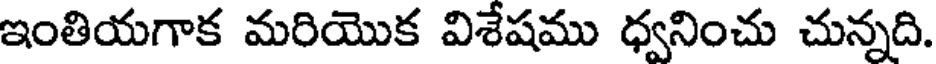
ఇంతియగాక మరియొక విశేషము ధ్వనించు చున్నది.